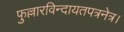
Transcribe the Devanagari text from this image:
फुल्लारविन्दायतपत्रनेत्र।